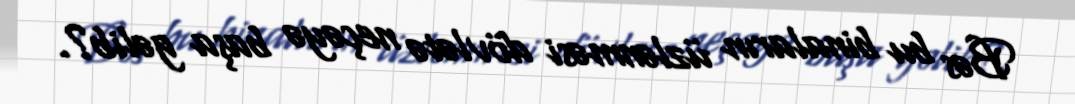
Bəs bu binaların üzlənməsi dövlətə neçəyə başa gəlib?.